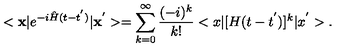
< { \bf x } \vert e ^ { - i { \hat { H } } ( t - t ^ { ' } ) } \vert { \bf x } ^ { ' } > = \sum _ { k = 0 } ^ { \infty } \frac { ( - i ) ^ { k } } { k ! } < x \vert [ H ( t - t ^ { ' } ) ] ^ { k } \vert x ^ { ' } > .